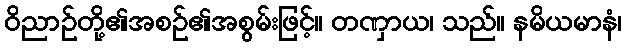
ဝိညာဉ်တို့၏အစဉ်၏အစွမ်းဖြင့်။ တဏှာယ၊ သည်။ နမိယမာနံ၊